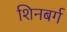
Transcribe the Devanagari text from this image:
शिनबर्ग